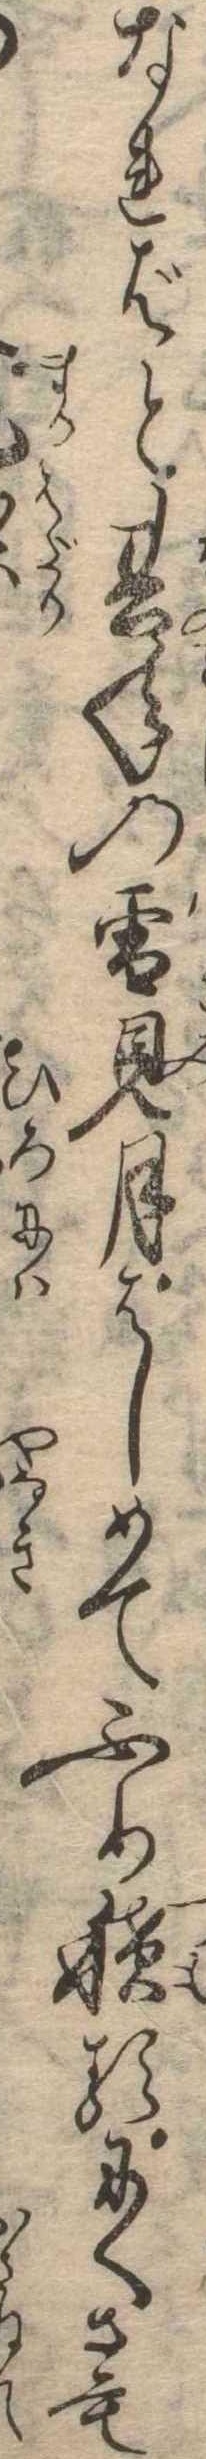
なればと其年の雪見月はしめてふり積るにくさも